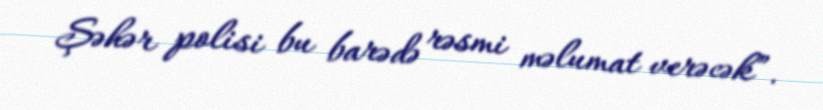
Şəhər polisi bu barədə rəsmi məlumat verəcək”.